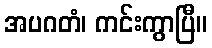
အပဂတံ၊ ကင်းကွာပြီ။